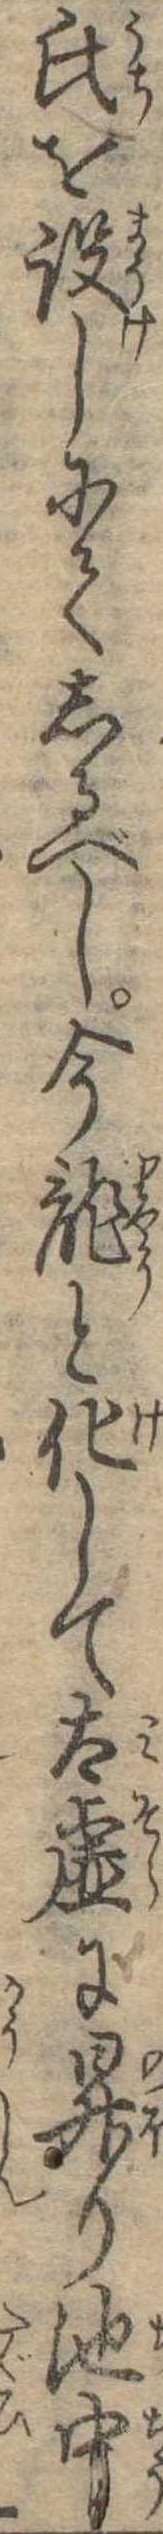
氏を設しにてしるべし今竜と化して太虚に昇り池中